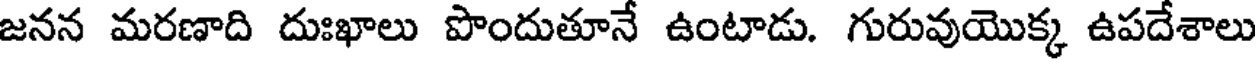
జనన మరణాది దుఃఖాలు పొందుతూనే ఉంటాడు. గురువుయొక్క ఉపదేశాలు